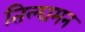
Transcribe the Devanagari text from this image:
तिल्घमन